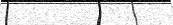
٢١